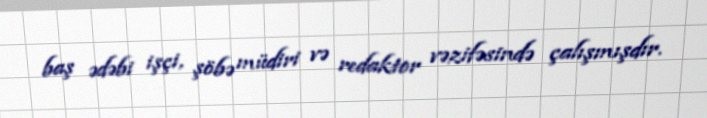
baş ədəbi işçi, şöbə müdiri və redaktor vəzifəsində çalışmışdır.